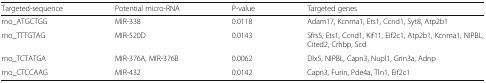
<table><thead><tr><td><b>Targeted-sequence</b></td><td><b>Potential micro-RNA</b></td><td><b>P-value</b></td><td><b>Targeted genes</b></td></tr></thead><tbody><tr><td>rno_ATGCTGG</td><td>MIR-338</td><td>0.0118</td><td>Adam17, Kcnma1, Ets1, Ccnd1, Syt8, Atp2b1</td></tr><tr><td>rno_TTTGTAG</td><td>MIR-520D</td><td>0.0143</td><td>Sfrs5, Ets1, Ccnd1, Kif11, Eif2c1, Atp2b1, Kcnma1, NIPBL, Cited2, Crhbp, Scd</td></tr><tr><td>rno_TCTATGA</td><td>MIR-376A, MIR-376B</td><td>0.0062</td><td>Dlx5, NIPBL, Capn3, Nupl1, Grin3a, Adnp</td></tr><tr><td>rno_CTCCAAG</td><td>MIR-432</td><td>0.0142</td><td>Capn3, Furin, Pde4a, Tln1, Eif2c1</td></tr></tbody></table>